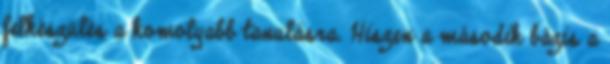
felkészülés a komolyabb tanulásra. Hiszen a második bázis a